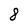
Character: 8